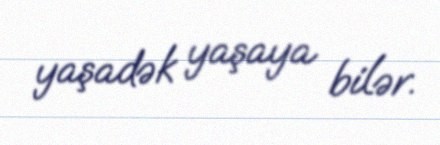
yaşadək yaşaya bilər.